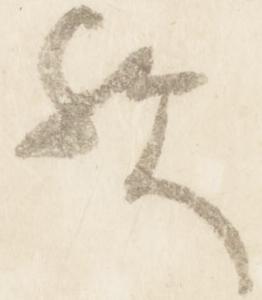
歟